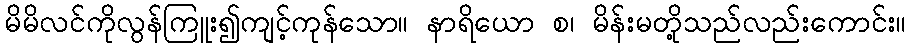
မိမိလင်ကိုလွန်ကြူး၍ကျင့်ကုန်သော။ နာရိယော စ၊ မိန်းမတို့သည်လည်းကောင်း။